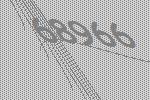
68966